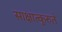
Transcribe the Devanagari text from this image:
साक्षात्कुरुते